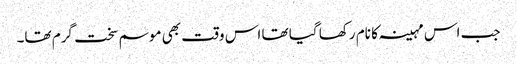
جب اس مہینہ کا نام رکھا گیا تھا اس وقت بھی موسم سخت گرم تھا۔